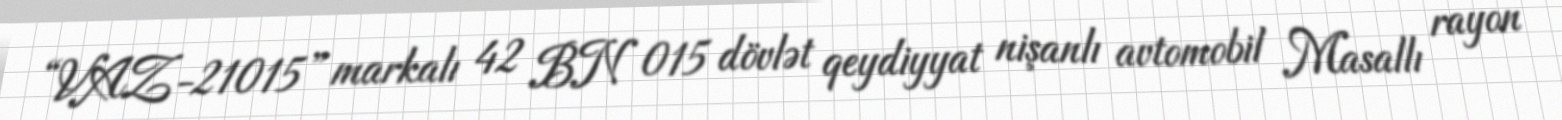
“VAZ-21015” markalı 42 BN 015 dövlət qeydiyyat nişanlı avtomobil Masallı rayon